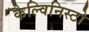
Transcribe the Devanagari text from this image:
कैल्विनिस्टो